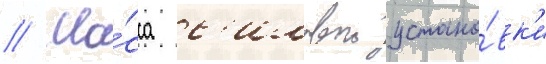
// Ма́сса с'иловои устано́вк'и